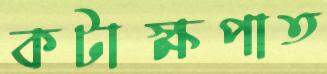
কটাক্ষপাত